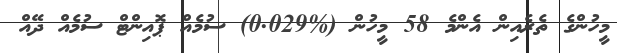
މީހުންގެ ތެރެއިން އެންމެ 58 މީހުން (%0.029) ސުމެއް ޕޮއިންޓް ސުމެއް ދޭއް